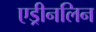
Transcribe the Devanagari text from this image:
एड्रीनलिन